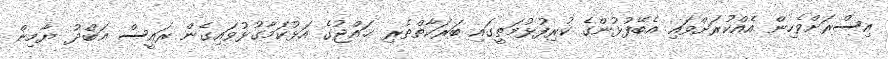
އިސްރަށްވެހިން އެއްކުރަށްވައި އެބޭފުޅުންގެ ކުރިފުޅުމަތީގައި ބަރަކާތްތެރި ޙައްޖުގެ އަޅުކަމާގުޅުވައިގެން ރައީސް ޢަބްދު ޔާމިން